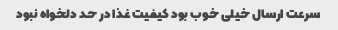
سرعت ارسال خیلی خوب بود کیفیت غذا در حد دلخواه نبود